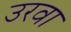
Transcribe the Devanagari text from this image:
उरवा